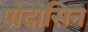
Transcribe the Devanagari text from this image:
पोदोसिन